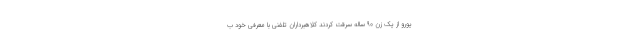
یورو از یک زن ۹۰ ساله سرقت کردند کلاهبرداران تلفنی با معرفی خود ب